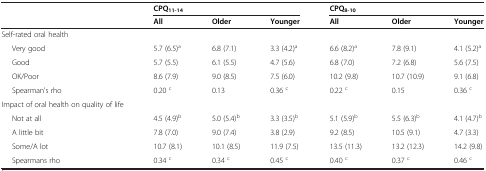
<table><thead><tr><td><b> </b></td><td colspan="3"><b>CPQ<sub>11-14</sub></b></td><td colspan="3"><b>CPQ<sub>8-10</sub></b></td></tr><tr><td><b> </b></td><td><b>All</b></td><td><b>Older</b></td><td><b>Younger</b></td><td><b>All</b></td><td><b>Older</b></td><td><b>Younger</b></td></tr></thead><tbody><tr><td>Self-rated oral health</td><td> </td><td> </td><td> </td><td> </td><td> </td><td> </td></tr><tr><td>Very good</td><td>5.7 (6.5)<sup>a</sup></td><td>6.8 (7.1)</td><td>3.3 (4.2)<sup>a</sup></td><td>6.6 (8.2)<sup>a</sup></td><td>7.8 (9.1)</td><td>4.1 (5.2)<sup>a</sup></td></tr><tr><td>Good</td><td>5.7 (5.5)</td><td>6.1 (5.5)</td><td>4.7 (5.6)</td><td>6.8 (7.0)</td><td>7.2 (6.8)</td><td>5.6 (7.5)</td></tr><tr><td>OK/Poor</td><td>8.6 (7.9)</td><td>9.0 (8.5)</td><td>7.5 (6.0)</td><td>10.2 (9.8)</td><td>10.7 (10.9)</td><td>9.1 (6.8)</td></tr><tr><td>Spearman&#x27;s rho</td><td>0.20 <sup>c</sup></td><td>0.13</td><td>0.36 <sup>c</sup></td><td>0.22 <sup>c</sup></td><td>0.15</td><td>0.36 <sup>c</sup></td></tr><tr><td>Impact of oral health on quality of life</td><td> </td><td> </td><td> </td><td> </td><td> </td><td> </td></tr><tr><td>Not at all</td><td>4.5 (4.9)<sup>b</sup></td><td>5.0 (5.4)<sup>b</sup></td><td>3.3 (3.5)<sup>b</sup></td><td>5.1 (5.9)<sup>b</sup></td><td>5.5 (6.3)<sup>b</sup></td><td>4.1 (4.7)<sup>b</sup></td></tr><tr><td>A little bit</td><td>7.8 (7.0)</td><td>9.0 (7.4)</td><td>3.8 (2.9)</td><td>9.2 (8.5)</td><td>10.5 (9.1)</td><td>4.7 (3.3)</td></tr><tr><td>Some/A lot</td><td>10.7 (8.1)</td><td>10.1 (8.5)</td><td>11.9 (7.5)</td><td>13.5 (11.3)</td><td>13.2 (12.3)</td><td>14.2 (9.8)</td></tr><tr><td>Spearmans rho</td><td>0.34 <sup>c</sup></td><td>0.34 <sup>c</sup></td><td>0.45 <sup>c</sup></td><td>0.40 <sup>c</sup></td><td>0.37 <sup>c</sup></td><td>0.46 <sup>c</sup></td></tr></tbody></table>